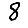
Digit: 8